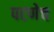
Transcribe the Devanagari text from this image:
पटणेच